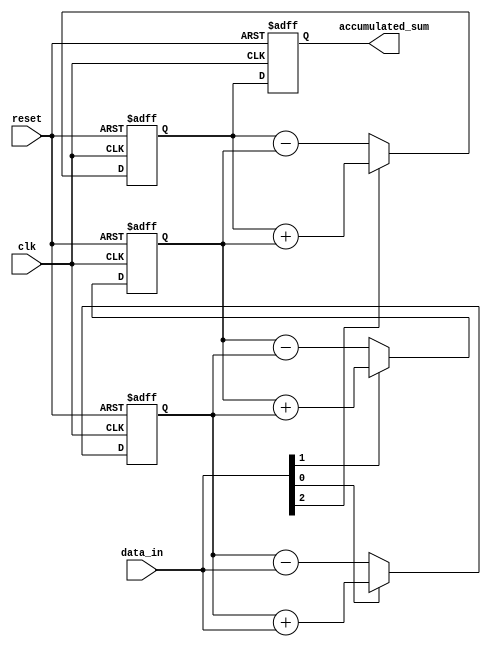
module cascaded_accumulator (
    input wire clk,
    input wire reset,
    input wire [7:0] data_in,
    output reg [31:0] accumulated_sum
);

reg [31:0] sum1, sum2, sum3;

always @(posedge clk or posedge reset) begin
    if (reset) begin
        sum1 <= 8'd0;
        sum2 <= 8'd0;
        sum3 <= 8'd0;
        accumulated_sum <= 32'd0;
    end else begin
        // First arithmetic block
        if (data_in[0]) begin  // Add
            sum1 <= sum1 + data_in;
        end else begin  // Subtract
            sum1 <= sum1 - data_in;
        end
        
        // Second arithmetic block
        if (data_in[1]) begin  // Add
            sum2 <= sum2 + sum1;
        end else begin  // Subtract
            sum2 <= sum2 - sum1;
        end
        
        // Third arithmetic block
        if (data_in[2]) begin  // Add
            sum3 <= sum3 + sum2;
        end else begin  // Subtract
            sum3 <= sum3 - sum2;
        end
        
        // Final accumulation result
        accumulated_sum <= sum3;
    end
end

endmodule